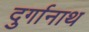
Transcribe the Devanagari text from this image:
दुर्गानाथ